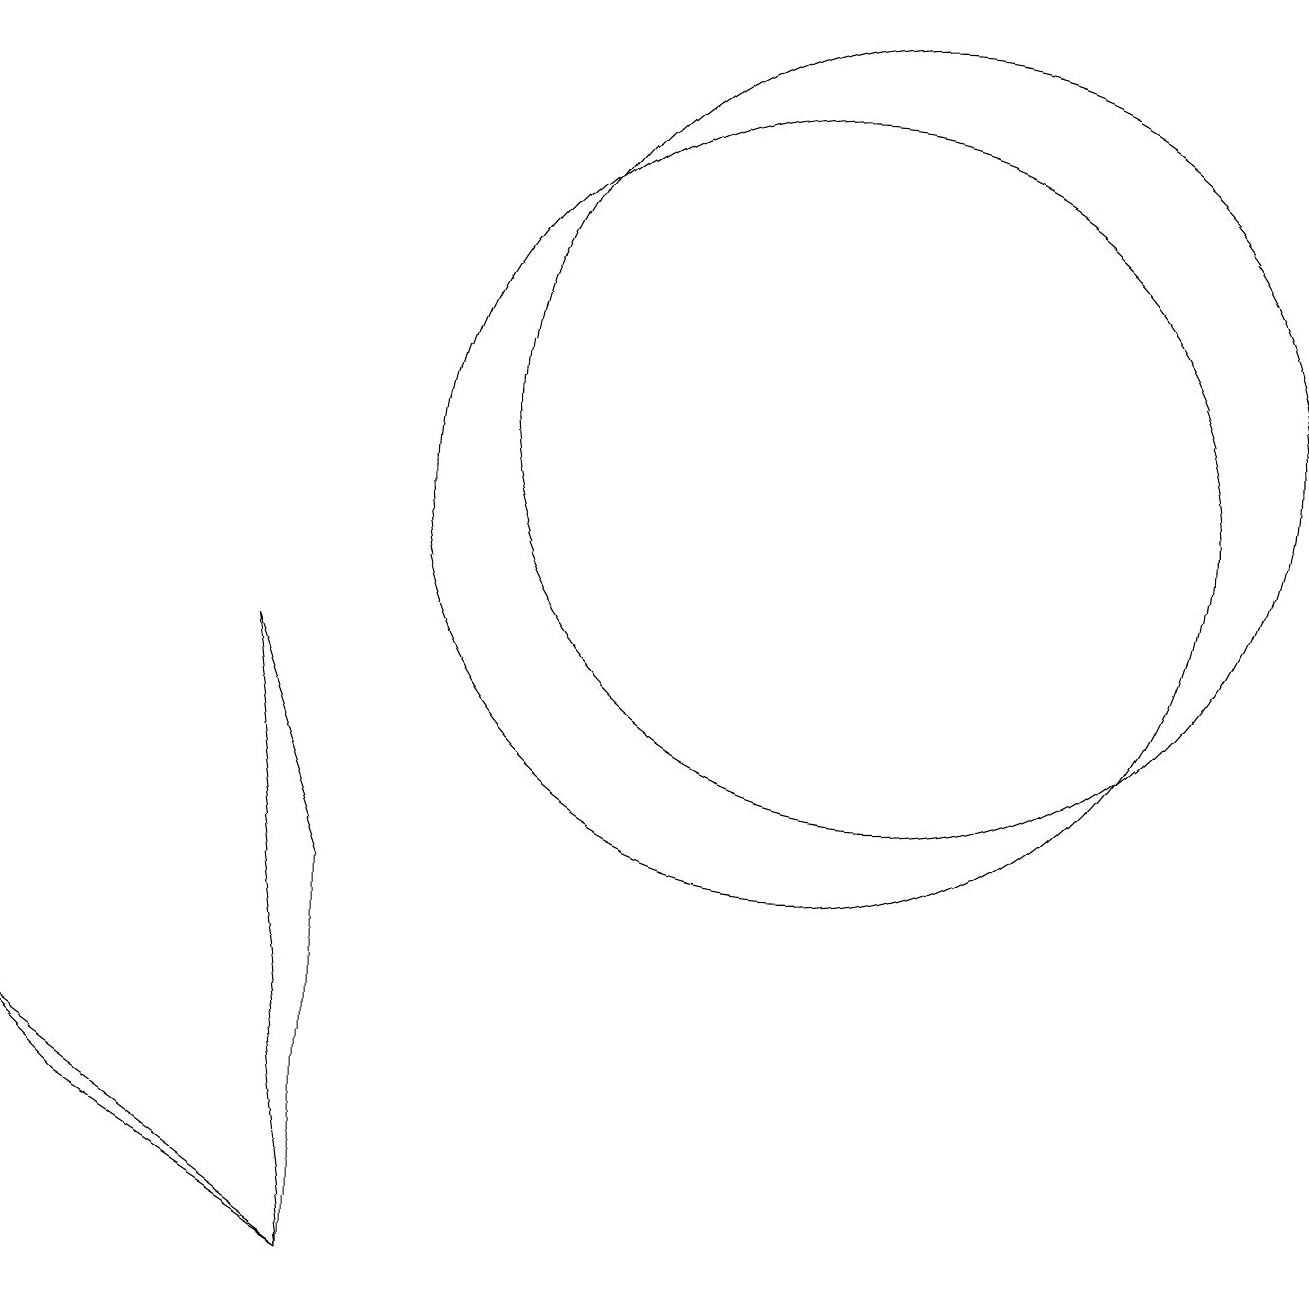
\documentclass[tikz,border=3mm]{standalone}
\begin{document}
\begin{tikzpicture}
\draw (11,12) circle (5);
\draw (4,1) -- (4,6) -- (3,9) -- cycle;
\draw (10,11) circle (5);
\draw (0,4) -- (4,1) -- (1,3) -- cycle;
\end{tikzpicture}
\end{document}